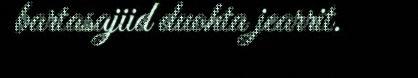
bartasajiid duohta jearrit.